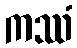
ကဿံ